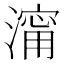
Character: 澝